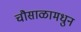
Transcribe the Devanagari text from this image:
चौसाळामधुन